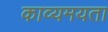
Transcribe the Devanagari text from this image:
काव्यमयता